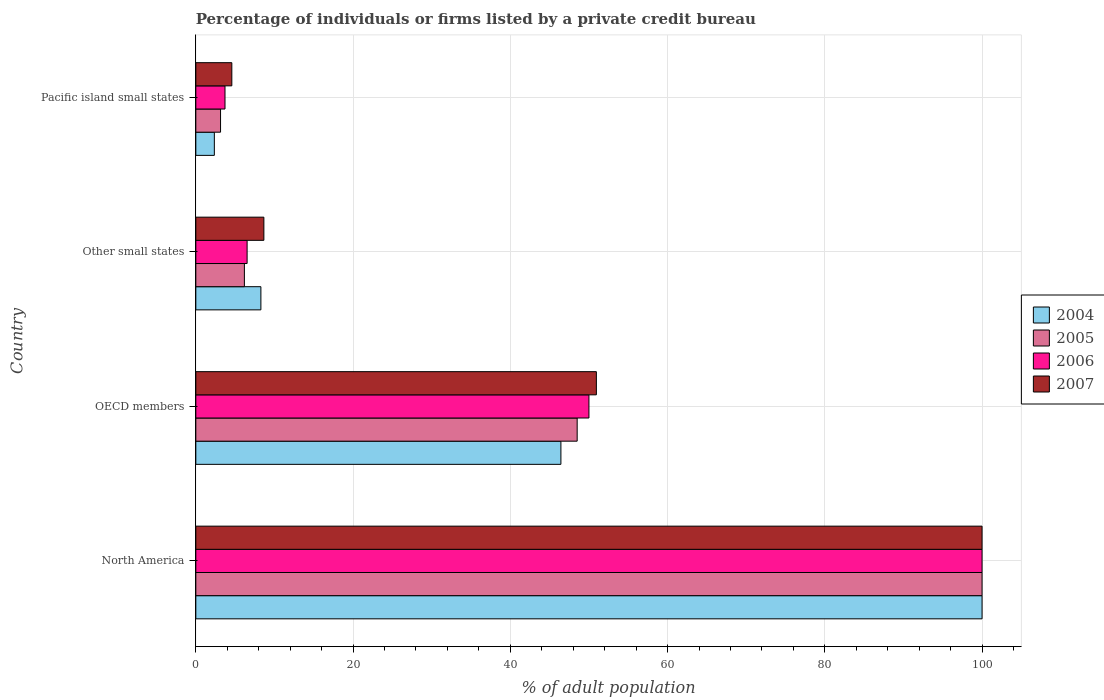
| Country | 2004 | 2005 | 2006 | 2007 |
 | --- | --- | --- | --- | --- |
 | North America | 100 | 100 | 100 | 100 |
 | OECD members | 46.4 | 48.5 | 50 | 50.9 |
 | Other small states | 8.28 | 6.18 | 6.52 | 8.66 |
 | Pacific island small states | 2.36 | 3.14 | 3.71 | 4.58 |